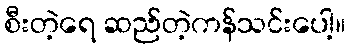
စီးတဲ့ရေ ဆည်တဲ့ကန်သင်းပေါ့။